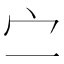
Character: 㝉